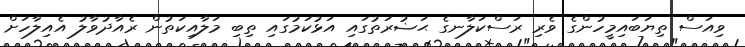
ވިއަސް ތިޔަބައިމީހުންގެ ވެރި ރަސްކަލާނގެ ޙަޟުރަތުގައި އަޅުކަމުގައި ތިބި މަލާއިކަތުން ރެއާދުވާލު އެއިލާހަށް